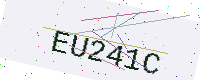
Text: EU241C